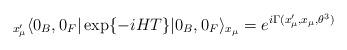
LaTeX: \begin{align*}{}_{x^\prime_\mu}\langle 0_B,0_F| \exp \{-iHT\} | 0_B,0_F\rangle_{x_\mu}=e^{i\Gamma(x'_\mu,x_\mu,\theta^3)}\end{align*}